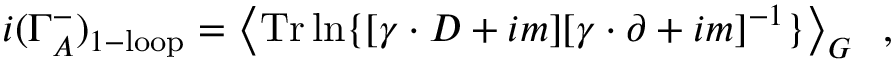
i ( \Gamma _ { A } ^ { - } ) _ { 1 - \mathrm { l o o p } } = \left\langle \mathrm { T r } \ln \{ [ \gamma \cdot D + i m ] [ \gamma \cdot \partial + i m ] ^ { - 1 } \} \right\rangle _ { G } \; \; ,